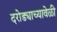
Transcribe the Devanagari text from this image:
दरोड्याच्यावेळी